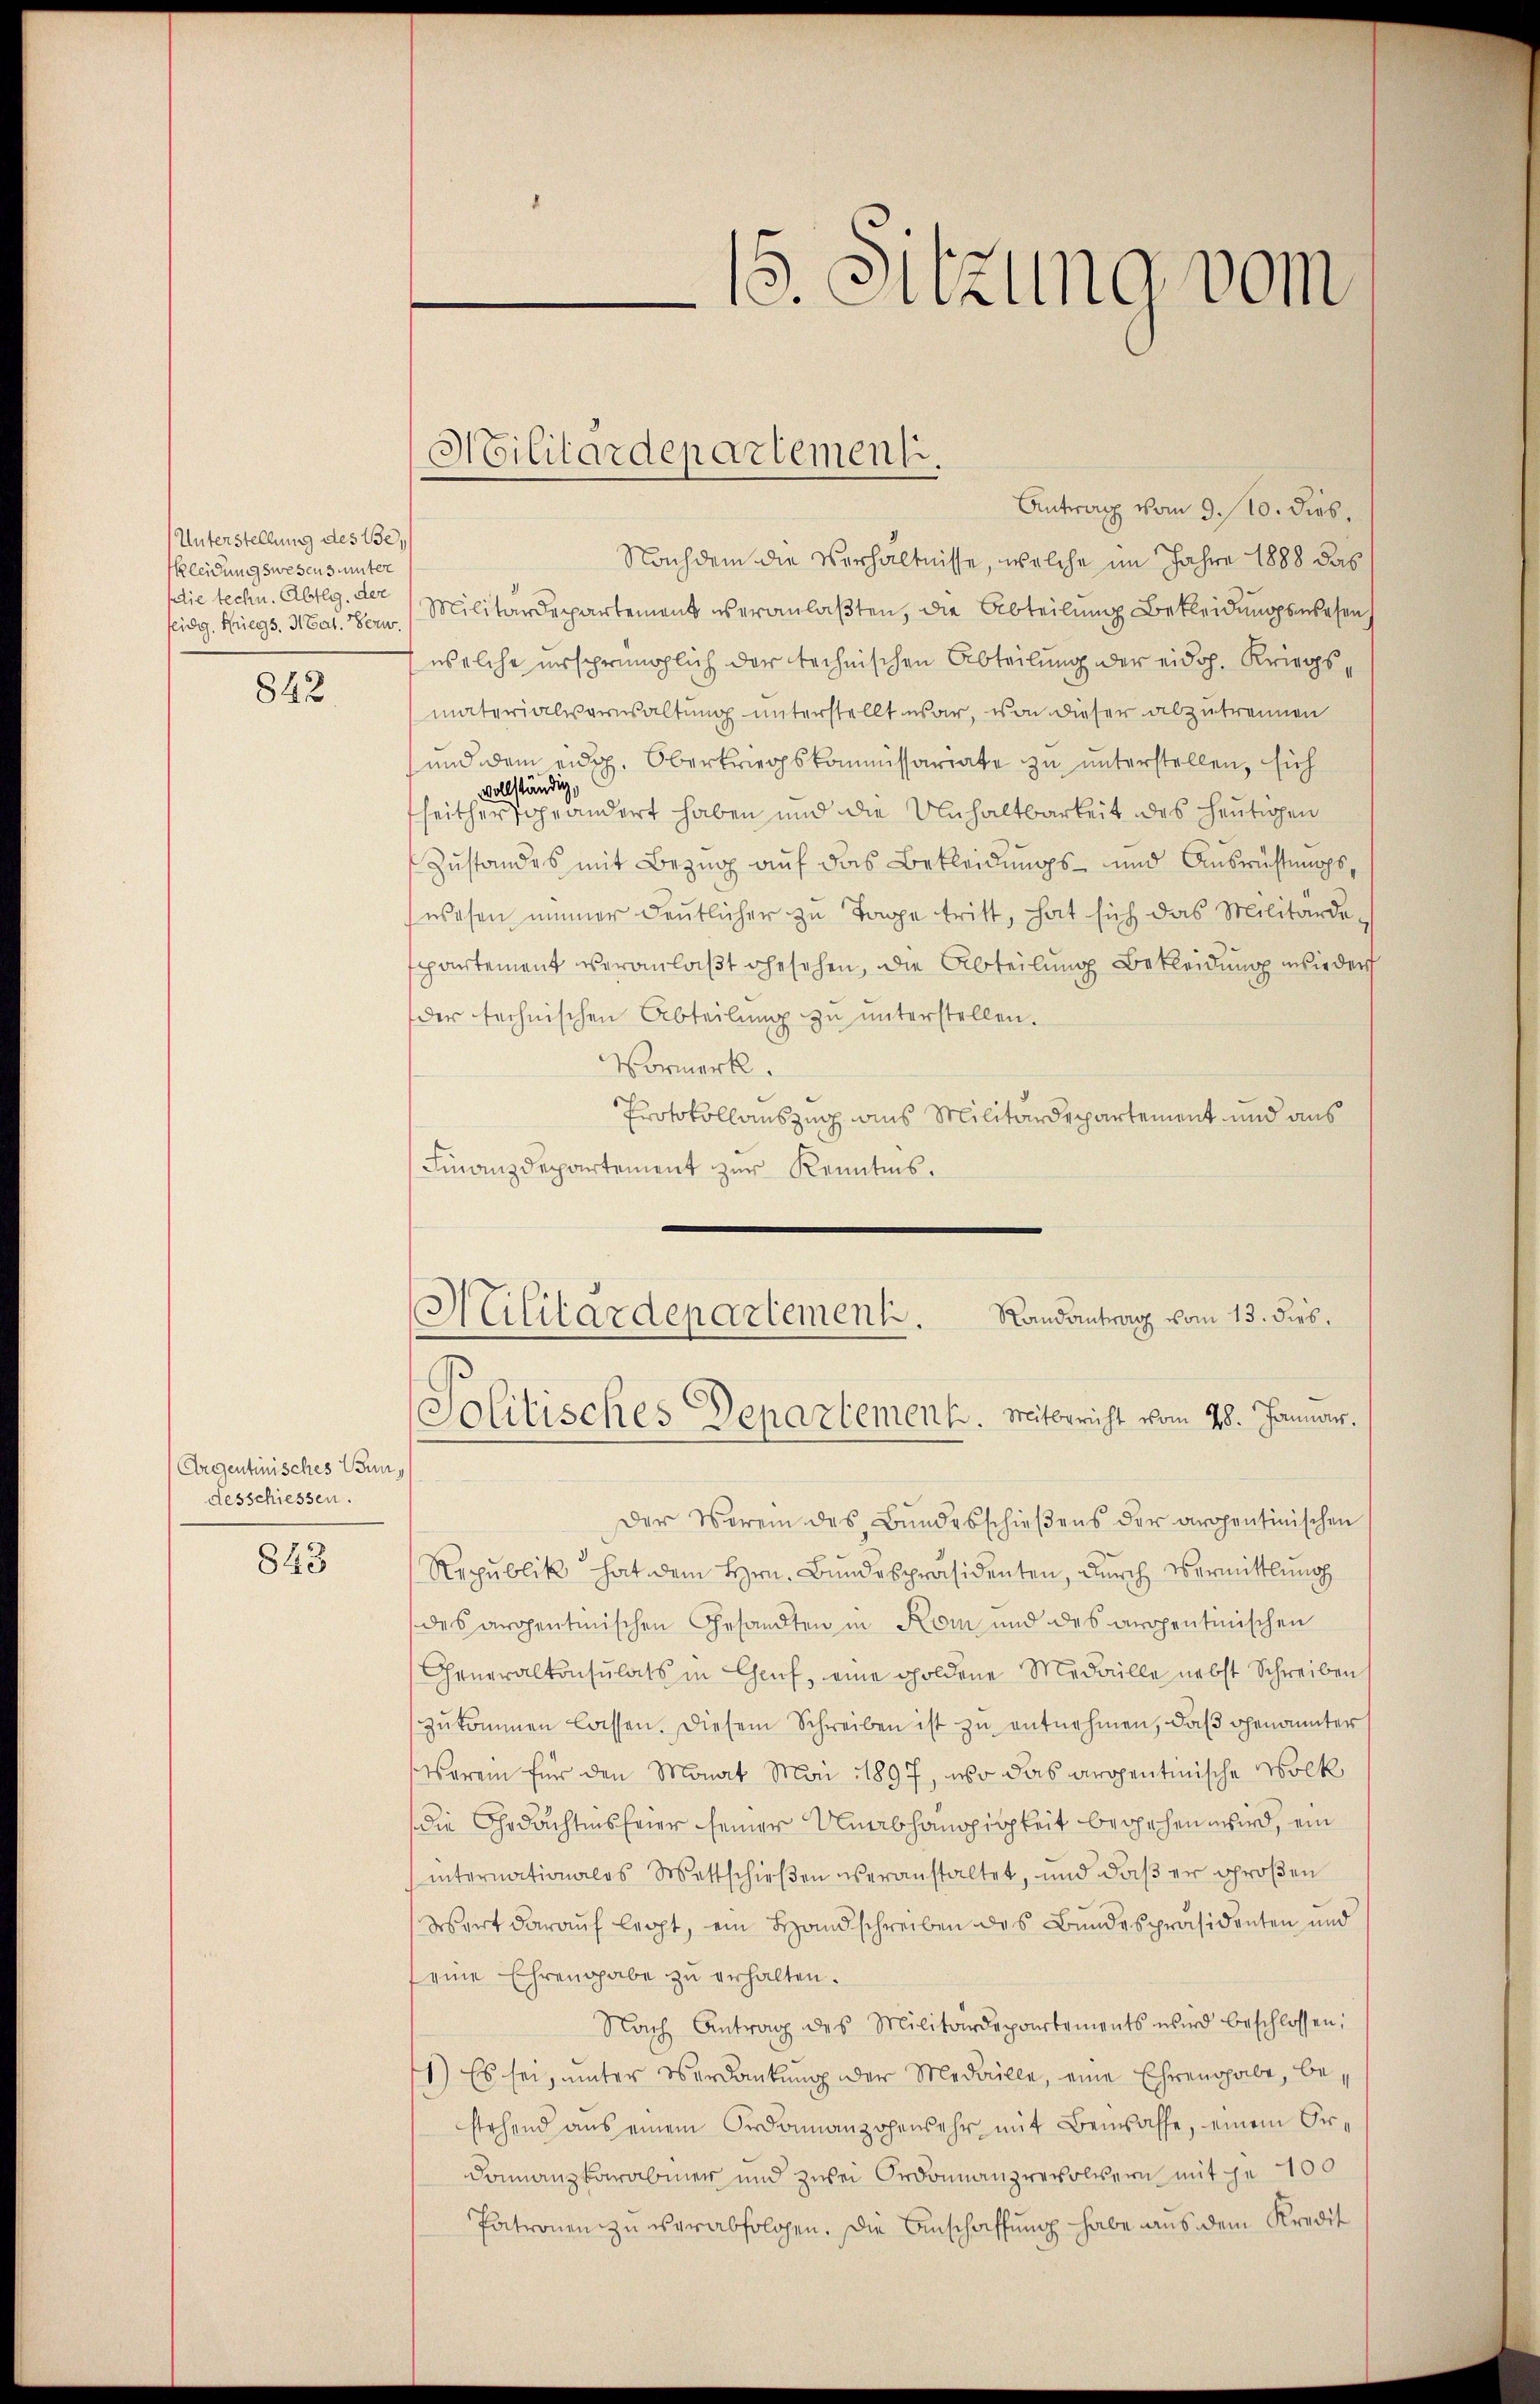
Unterstellung des 150,
Kleidungswesens unter
die techn. Abtlg. der
feidg. Kriegs. 3. Tat. Verw

842

Argentinisches Bun,
desschiessen.

843

Militärdepartement.

15. Sitzung vom

Antrag vom 9. 10. dies.
Nachdem die Verhältnisse, welche im Jahre 1888 das
Militärdepartement veranlaßten, die Abteilung Bekleidungswesen
welche ursprünglich der technischen Abteilung der eidg. Kriegs,
materialverwaltung unterstellt war, von dieser abzutrennen
und dem eidg. Oberkriegskommissariate zu unterstellen, sich
vollständig,
geändert haben und die Unhaltbarkeit des heutigen
fseither
Zustandes mit Bezug auf das Bekleidungs- und Ausrüstungswesen immer deutlicher zu Tage tritt, hat sich das Militärde¬
Departement veranlaßt gesehen, die Abteilung Bekleidung wieder
der technischen Abteilŭng zu unterstellen.
Vormerk.
Protokollauszug aus Militärdepartement und aus
Finanzdepartement zur Kenntnis.
Randantrag vom 13. dies
Militärdepartement.
Solitisches Departement. Mitbericht vom 28. Januar.
Der Verein des Bundesschieβens der argentinischen
Republik hat dem Hrn. Bundespräsidenten, durch Vermittlung
des argentmischen Gesandten in Rom und des aropentinischen
Generalkonsulats in Genf, eine goldene Medaille nebst Schreiben
zŭkommen lassen. Diesem Schreiben ist zŭ entnehmen, daβ genannter
Waren für den Monat Mai 1897, wo das argentinische Wolk
die Gedächtnisfeier seiner Unabhängigkeit begehen wird, ein
internationales Wettschieβen veranstaltet, und daβ er großen
Wort darauf legt, ein Handschreiben des Bundespräsidenten und
seine Ehrengabe zu erhalten.
Nach Antrag des Militärdepontements wird beschlossen:
1) Es sei, unter Verdankung der Medaille, eine Ehrengabe, bestehend aus einem Ordonanzgewehr mit Bewaffe, einem Ordomanzkaramer und zwei Ordonnanzrevoltern mit je 100
Patronen zu verabfolgen. Die Anschaffung habe aus dem Kredit